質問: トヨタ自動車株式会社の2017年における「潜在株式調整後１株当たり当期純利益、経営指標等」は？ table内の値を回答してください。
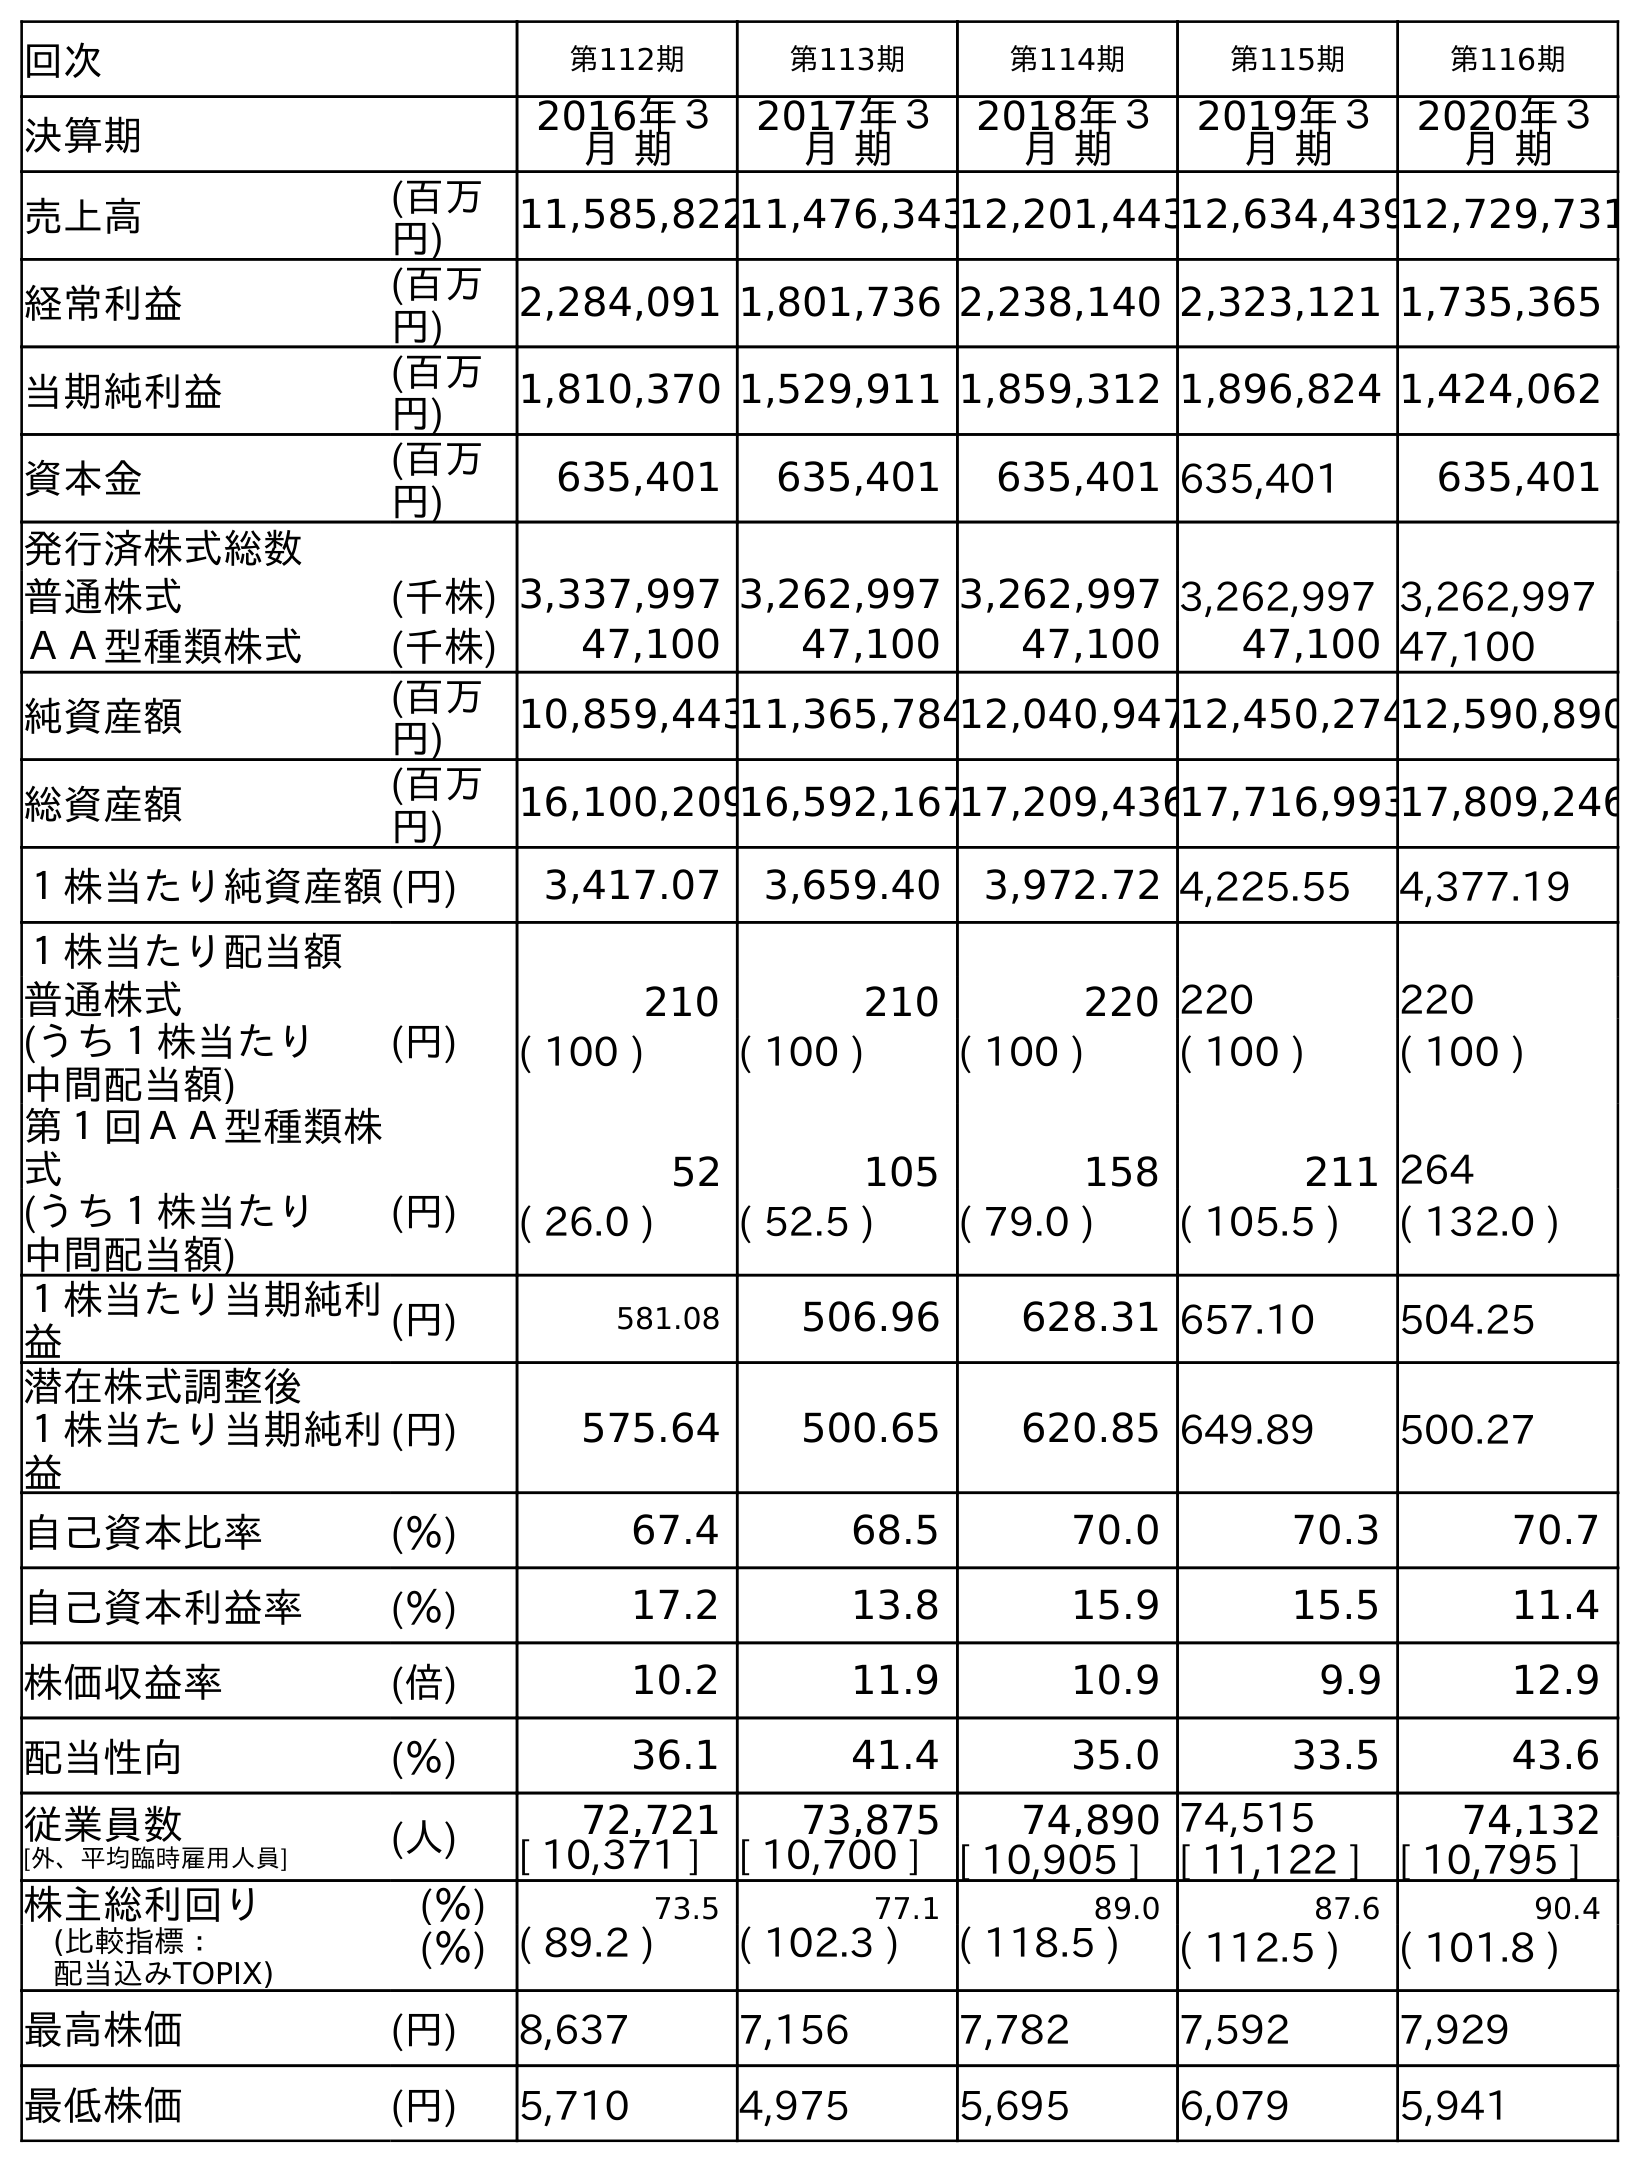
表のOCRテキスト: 回次 第112期 第113期 第114期 第115期 第116期 決算期 2016年３ 月 期 2017年３ 月 期 2018年３ 月 期 2019年３ 月 期 2020年３ 月 期 売上高 (百万 円) 11,585,82211,476,34312,201,44312,634,43912,729,731 経常利益 (百万 円) 2,284,091 1,801,736 2,238,140 2,323,121 1,735,365 当期純利益 (百万 円) 1,810,370 1,529,911 1,859,312 1,896,824 1,424,062 資本金 (百万 円) 635,401 635,401 635,401 635,401 635,401 発行済株式総数 普通株式 (千株) 3,337,997 3,262,997 3,262,997 3,262,997 3,262,997 ＡＡ型種類株式 (千株) 47,100 47,100 47,100 47,100 47,100 純資産額 (百万 円) 10,859,44311,365,78412,040,94712,450,27412,590,890 総資産額 (百万 円) 16,100,20916,592,16717,209,43617,716,99317,809,246 １株当たり純資産額(円) 3,417.07 3,659.40 3,972.72 4,225.55 4,377.19 １株当たり配当額 普通株式 (円) 210 210 220 220 220 (うち１株当たり 中間配当額) ( 100 ) ( 100 ) ( 100 ) ( 100 ) ( 100 ) 第１回ＡＡ型種類株 式 52 105 158 211 264 (うち１株当たり 中間配当額) (円) ( 26.0 ) ( 52.5 ) ( 79.0 ) ( 105.5 ) ( 132.0 ) １株当たり当期純利 益 (円) 581.08 506.96 628.31 657.10 504.25 潜在株式調整後 １株当たり当期純利 益 (円) 575.64 500.65 620.85 649.89 500.27 自己資本比率 (％) 67.4 68.5 70.0 70.3 70.7 自己資本利益率 (％) 17.2 13.8 15.9 15.5 11.4 株価収益率 (倍) 10.2 11.9 10.9 9.9 12.9 配当性向 (％) 36.1 41.4 35.0 33.5 43.6 従業員数 [外、平均臨時雇用人員] (人) 72,721 73,875 74,890 74,515 74,132 [ 10,371 ] [ 10,700 ] [ 10,905 ] [ 11,122 ] [ 10,795 ] 株主総利回り (％) 73.5 77.1 89.0 87.6 90.4 (比較指標： 配当込みTOPIX) (％) ( 89.2 ) ( 102.3 ) ( 118.5 ) ( 112.5 ) ( 101.8 ) 最高株価 (円) 8,637 7,156 7,782 7,592 7,929 最低株価 (円) 5,710 4,975 5,695 6,079 5,941
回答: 500.65